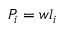
P _ { i } = w l _ { i }